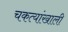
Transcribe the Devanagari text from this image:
चकत्यांखाली